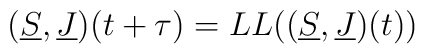
(\underline{S},\underline{J})(t+\tau)=LL((\underline{S},\underline{J})(t))